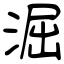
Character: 淈